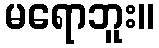
မရောဘူး။